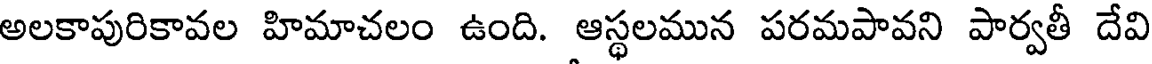
అలకాపురికావల హిమాచలం ఉంది. ఆస్థలమున పరమపావని పార్వతీ దేవి